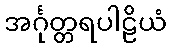
အင်္ဂုတ္တရပါဠိယံ